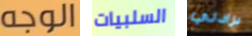
الوجه السلبيات برادلي